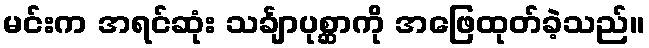
မင်းက အရင်ဆုံး သင်္ချာပုစ္ဆာကို အဖြေထုတ်ခဲ့သည်။